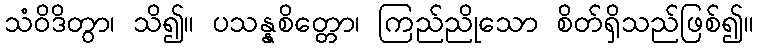
သံဝိဒိတွာ၊ သိ၍။ ပသန္နစိတ္တော၊ ကြည်ညိုသော စိတ်ရှိသည်ဖြစ်၍။